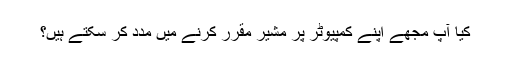
کیا آپ مجھے اپنے کمپیوٹر پر مشیر مقرر کرنے میں مدد کر سکتے ہیں؟